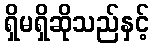
ရှိမရှိဆိုသည်နှင့်